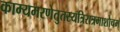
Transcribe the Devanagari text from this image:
काम्यमरणेतुतस्यत्रिरात्रमाशौचम्